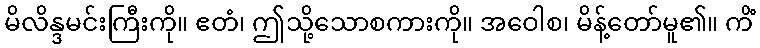
မိလိန္ဒမင်းကြီးကို။ ဧတံ၊ ဤသို့သောစကားကို။ အဝေါစ၊ မိန့်တော်မူ၏။ ကိံ